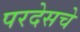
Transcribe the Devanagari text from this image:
परदेसचे